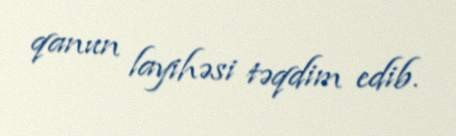
qanun layihəsi təqdim edib.